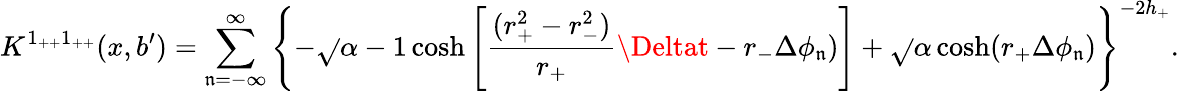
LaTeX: K^{1_{++}1_{++}}(x,b^{\prime})=\sum_{\mathfrak{n}=-\infty}^{\infty}\left\{ -\sqrt{}{{\alpha-1}}\cosh\left[{\frac{{(r_{+}^{2}-r_{-}^{2})}}{{r_{+}}}}\Deltat-r_{-}\Delta\phi_{\mathfrak{n}})\right]+\sqrt{}{{\alpha}}\cosh(r_{+}\Delta\phi_{\mathfrak{n}})\right\} ^{-2h_{+}}.